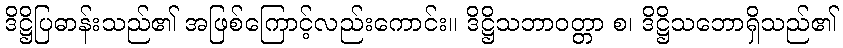
ဒိဋ္ဌိပြဓာန်းသည်၏ အဖြစ်ကြောင့်လည်းကောင်း။ ဒိဋ္ဌိသဘာဝတ္တာ စ၊ ဒိဋ္ဌိသဘောရှိသည်၏